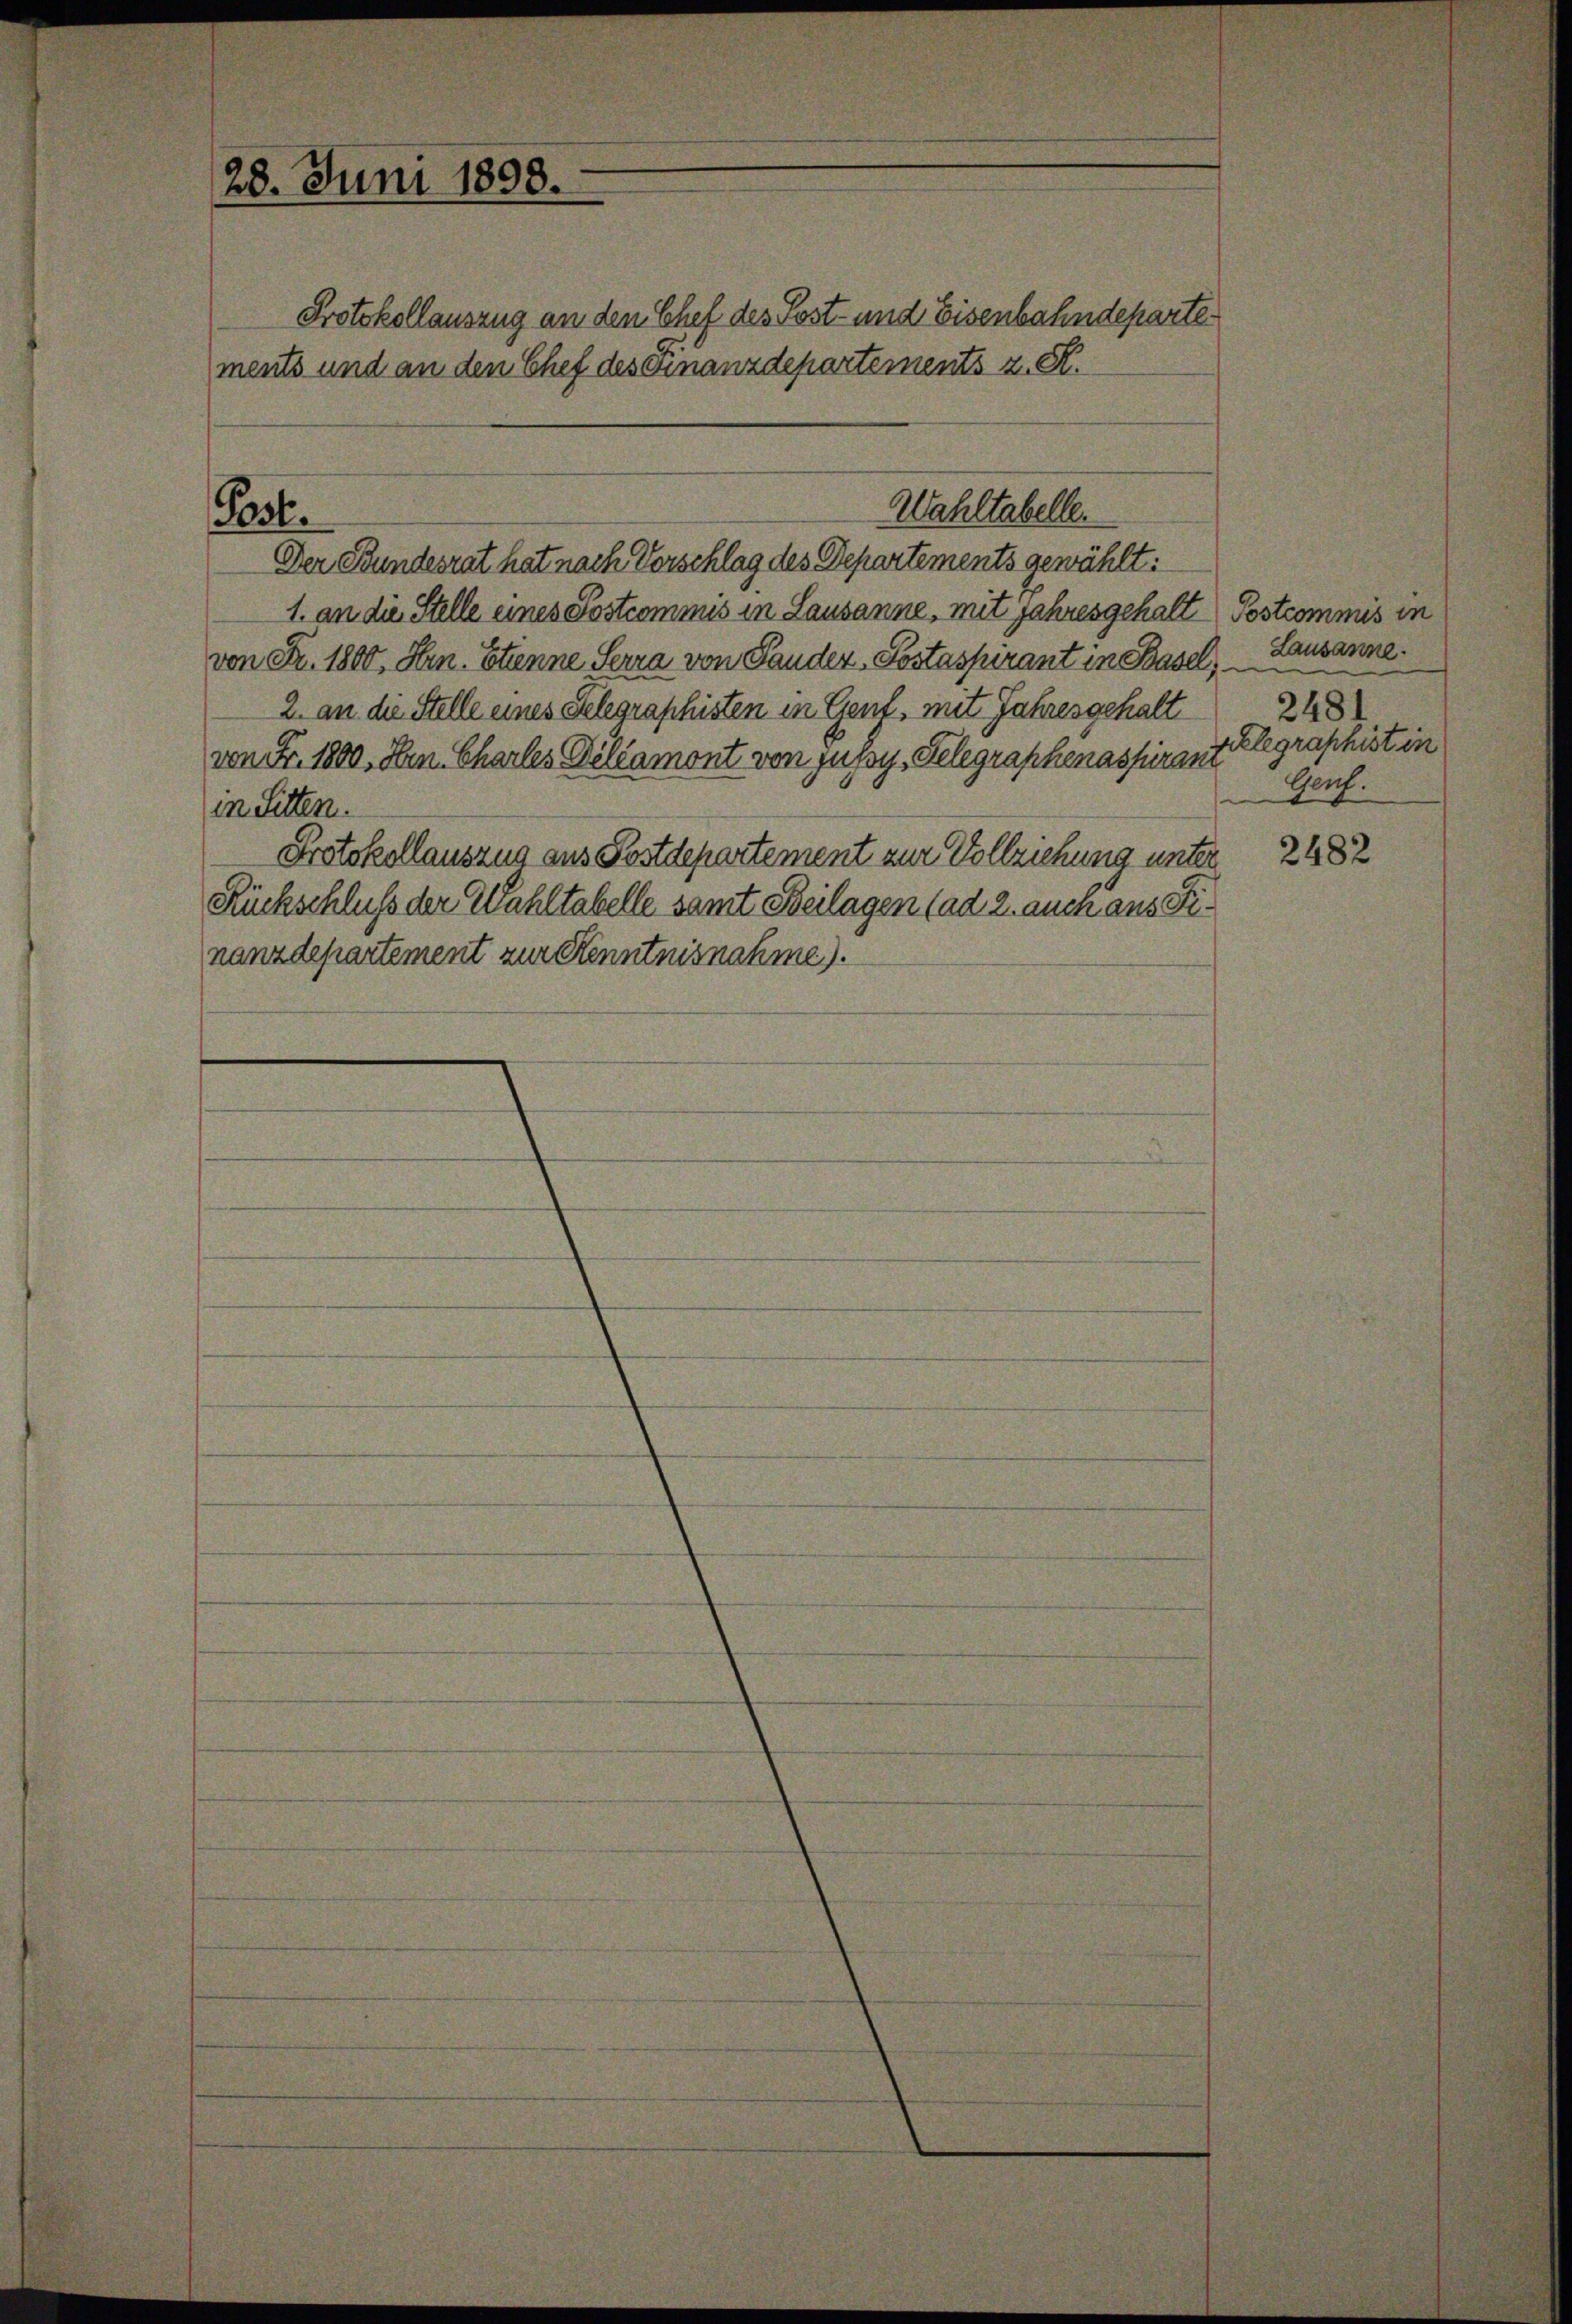
28. Juni 1898.

Post.

1. an die Stelle eines Postcommis in Lausanne, mit Jahresgehalt Postcommis in
von Fr. 1800. Hrn. Etienne Serra von Pander, Postaspirant in Basel, Lausanne.
2. an die Stelle eines Telegraphisten in Gent, mit Jahresgehalt
von Fr. 1800. Hrn. Charles Deliamont von jusoy, Gelegraphenassurant
in Sitten.
Protokollauszug aus Postdepartement zur Vollziehung unter
Rückschluß der Wahltabelle samt Beilagen (ad 2. auch aus Finanzdepartement zur Kenntnisnahme).

Protokollauszug an den Chef des Post- und Eisenbahndepartements und an den Chef des Finanzdepartements z. R.

Wahltabelle.
Der Bundesrat hat nach Vorschlag des Departements gewählt:

2481
Relegraphist in
Geh.

2482